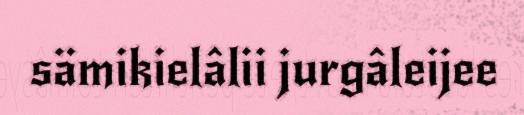
sämikielâlii jurgâleijee